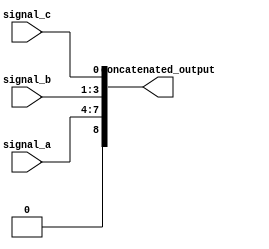
module ConcatenationExample (
    input wire [3:0] signal_a,    // 4-bit input signal
    input wire [2:0] signal_b,    // 3-bit input signal
    input wire        signal_c,    // 1-bit input signal
    output wire [8:0] concatenated_output // 9-bit output signal
);

// Continuous assignment using concatenation
assign concatenated_output = {signal_a, signal_b, signal_c};

endmodule